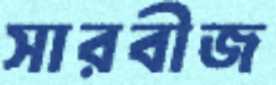
সারবীজ